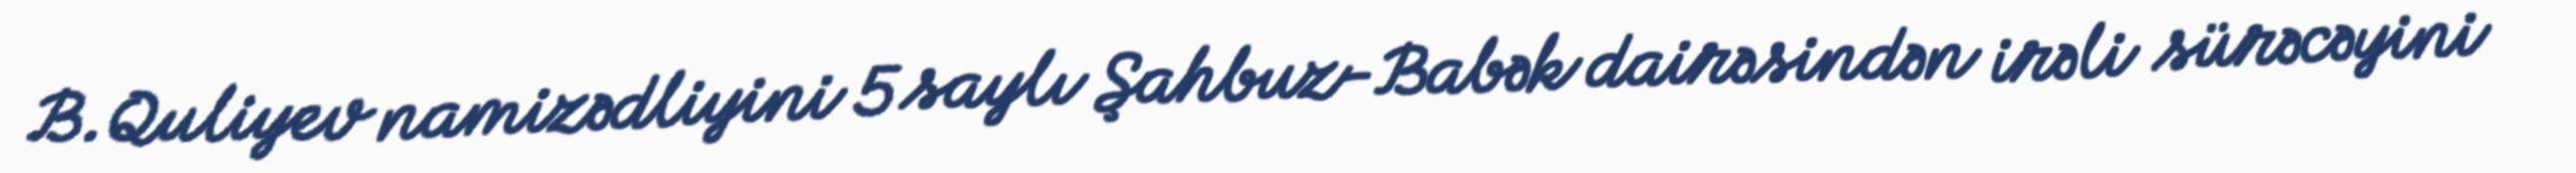
B.Quliyev namizədliyini 5 saylı Şahbuz-Babək dairəsindən irəli sürəcəyini